Paatsalu_vallavalitsus, lk 14
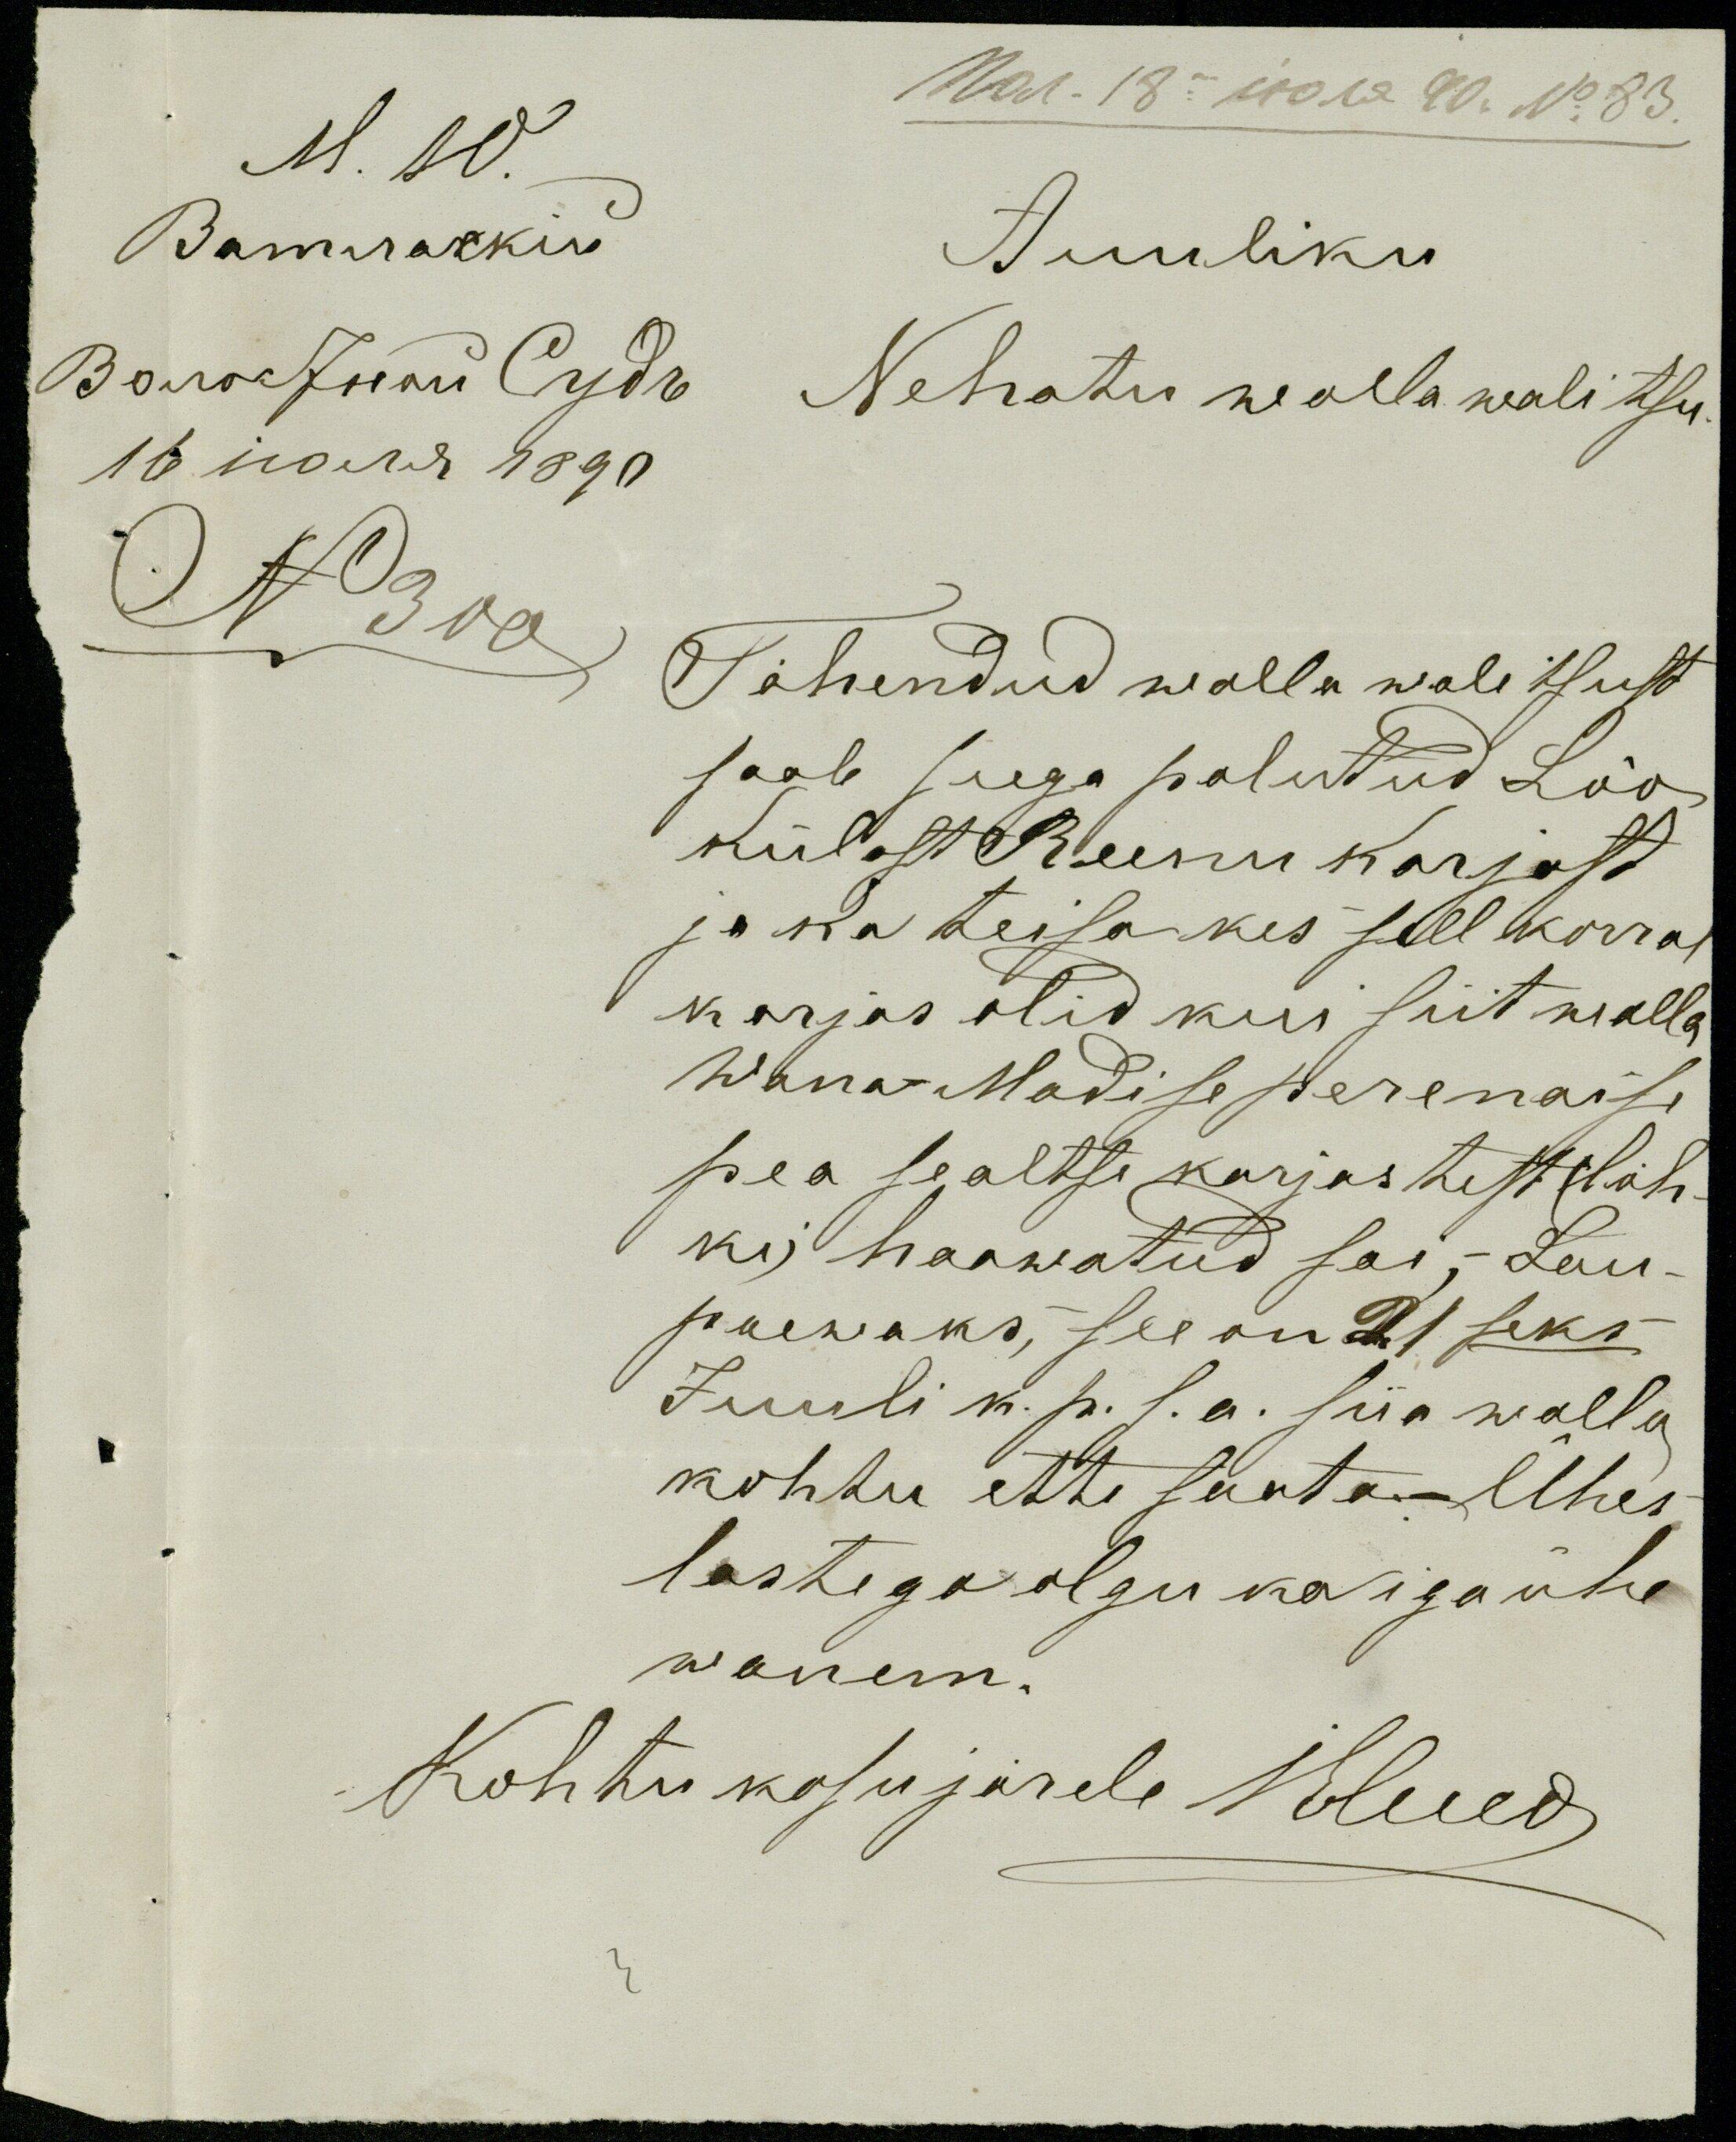
Auuliku
Nehatu walla walitsu.
No 300
Tähendud walla walitsust
saab seega palutud Lõo
külast Reenu karjast
ja ka teisa kes sell korral
karjas olid kui siit walla
Wana-Madise perenaise
pea sealtse karjastest (löh-
ki) haawatud sai,- Lau-
paewaks,- see on 21 seks-
Juuli k. p. s. a. siia walla
kohtu ette saata.- Ühes-
lastega olgu ka iga ühe
wanem.
Kohtu kasu järele 1 kelwed